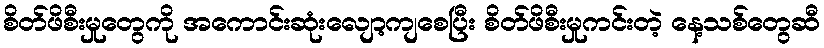
စိတ်ဖိစီးမှုတွေကို အကောင်းဆုံးလျော့ကျစေပြီး စိတ်ဖိစီးမှုကင်းတဲ့ နေ့သစ်တွေဆီ